Epidemic dropsy in Calcutta - Number 45
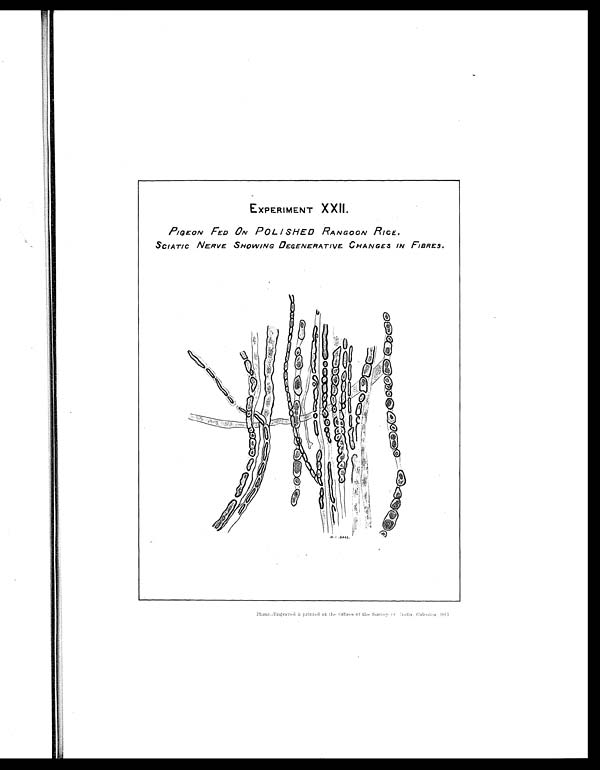
EXPERIMENT XXII.
PIGEON FED ON POLISHED RANGOON RICE.
SCIATIC NERVE SHOWING DEGENERATIVE CHANGES IN FIBRES.
Photo-Engraved & printed at the Offices of the Survey of Calcutta, 1911